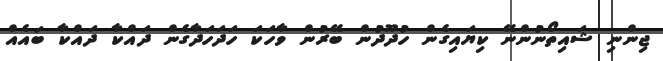
ޖިންނި ޝައިތޯނުންނޭ ކިޔައިގެން ހުދޫދުން ބޭރުން ވާހަކަ ހަދަހަދާގެން ދައްކާ ދައްކާ ބައެއް